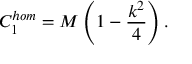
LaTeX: C _ { 1 } ^ { h o m } = M \left( 1 - \frac { k ^ { 2 } } { 4 } \right) .